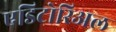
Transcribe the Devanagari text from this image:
एडिटोरिअल